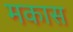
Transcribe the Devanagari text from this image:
मकास